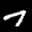
Label: 7